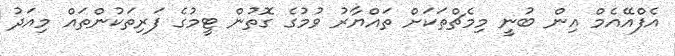
އެފްއޭއެމް އިން ބުނީ މިމެޗްތަކަށް ތައްޔާރު ވުމުގެ ގޮތުން ޓީމުގެ ފަރިތަކުންތައް މިއަދު